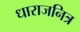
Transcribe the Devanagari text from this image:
धाराजनित्र